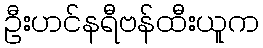
ဦးဟင်နရီဗန်ထီးယူက